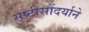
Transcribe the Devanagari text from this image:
सृष्टीसौंदर्याने